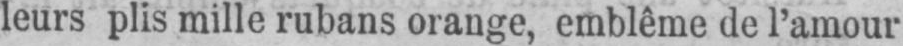
leurs plis mille rubans orange, emblême de l’amour